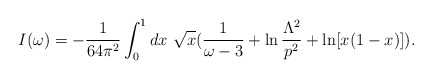
\begin{align*}I(\omega) = -{1 \over 64\pi^2} \int_0^1 dx~\sqrt{x} ({1 \over \omega-3} +\ln {\Lambda^2 \over p^2} + \ln [x(1-x)]).\end{align*}